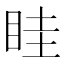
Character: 眭